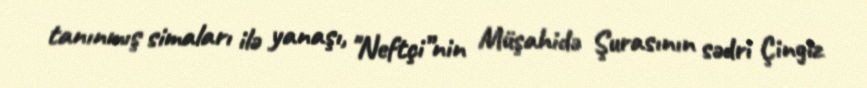
tanınmış simaları ilə yanaşı, "Neftçi”nin Müşahidə Şurasının sədri Çingiz